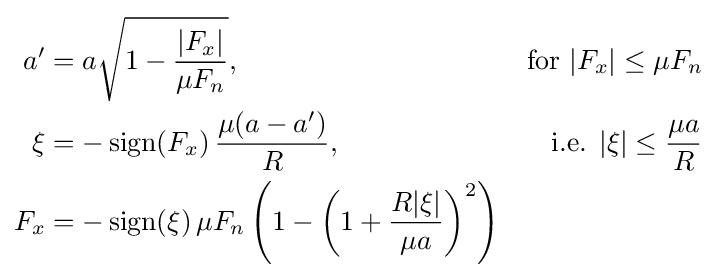
{\begin{aligned}a'&=a{\sqrt {1-{\frac {|F_{x}|}{\mu F_{n}}}}},&{\mbox{for }}|F_{x}|\leq \mu F_{n}\\\xi &=-\operatorname {sign} (F_{x})\,{\frac {\mu (a-a')}{R}},&{\mbox{i.e. }}|\xi |\leq {\frac {\mu a}{R}}\\F_{x}&=-\operatorname {sign} (\xi )\,\mu F_{n}\left(1-\left(1+{\frac {R|\xi |}{\mu a}}\right)^{2}\right)\end{aligned}}